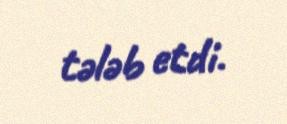
tələb etdi.